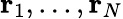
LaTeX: \mathbf{r}_{1},...,\mathbf{r}_{N}